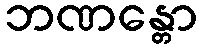
ဘဏန္တော